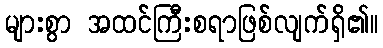
များစွာ အထင်ကြီးစရာဖြစ်လျက်ရှိ၏။